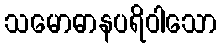
သမောဓာနပရိဝါသော